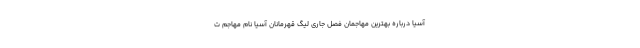
آسیا درباره بهترین مهاجمان فصل جاری لیگ قهرمانان آسیا نام مهاجم ت